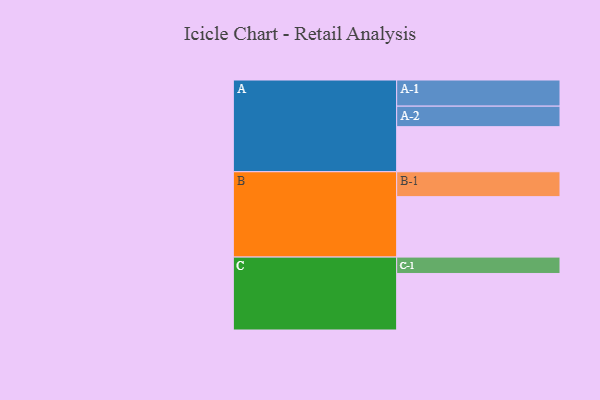
{"axis": {"x": "Segment", "y": "Value"}, "legend": ["", "A", "B", "C"], "data": [{"x": "A", "y": 402, "type": ""}, {"x": "B", "y": 539, "type": ""}, {"x": "C", "y": 504, "type": ""}, {"x": "A-1", "y": 233, "type": "A"}, {"x": "A-2", "y": 183, "type": "A"}, {"x": "B-1", "y": 222, "type": "B"}, {"x": "C-1", "y": 146, "type": "C"}]}